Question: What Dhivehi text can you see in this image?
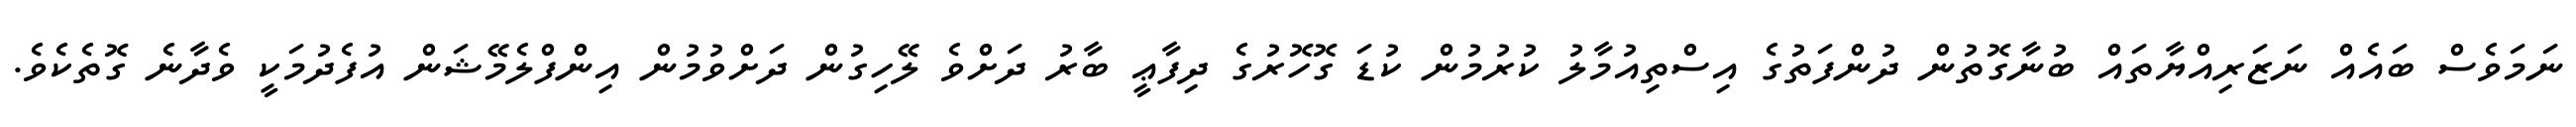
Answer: ނަމަވެސް ބައެއް ނަޒަރިއްޔާތައް ބުނާގޮތުން ދުންފަތުގެ އިސްތިއުމާލު ކުރުމުން ކުޑަ ގޮހޮރުގެ ދިފާޢީ ބާރު ދަށްވެ ލޭހިގުން ދަށްވުމުން އިންފްލެމޭޝަން އުފެދުމަކީ ވެދާނެ ގޮތެކެވެ.